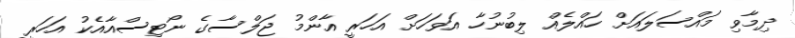
ދިމާވި މައްސަލައަށް ހައްލެއް ލިބުނުހާ އަވަހަށް އަހަރީ އާންމު ޖަލްސާގެ ނޯޓިސްއާއެކު އަހަރީ